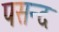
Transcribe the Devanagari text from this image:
पसन्‍द